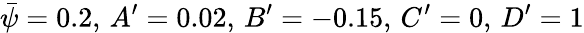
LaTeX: \bar{\psi}=0.2,\, A^{\prime}=0.02,\, B^{\prime}=-0.15,\, C^{\prime}=0,\, D^{\prime}=1